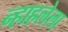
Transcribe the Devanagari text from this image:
न्हाहलेला